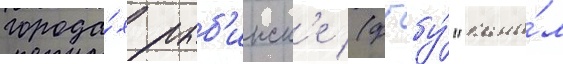
города́х рыб'инск'е (фгбу́ "кана́л